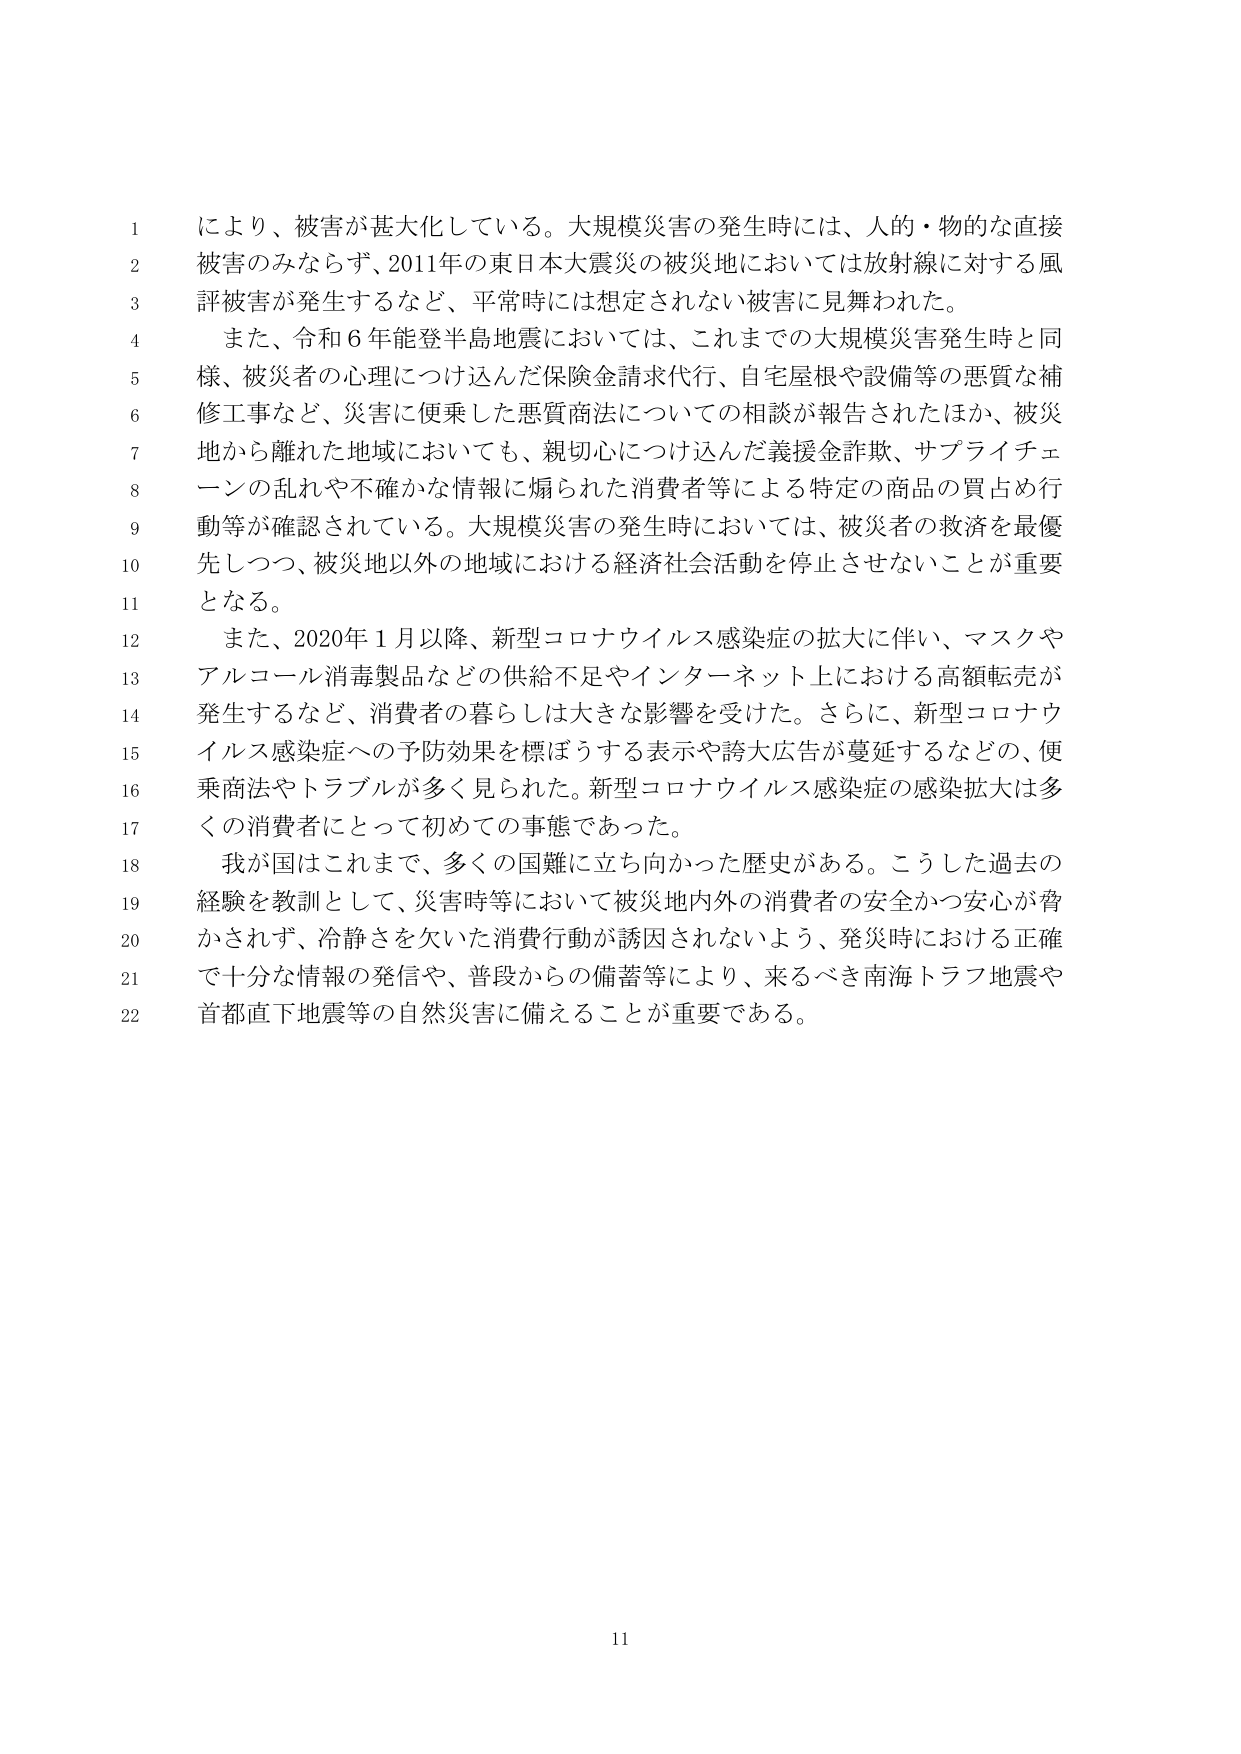
により、被害が甚大化している。大規模災害の発生時には、人的・物的な直接被害のみならず、2011年の東日本大震災の被災地においては放射線に対する風評被害が発生するなど、平常時には想定されない被害に見舞われた。

また、令和6年能登半島地震においては、これまでの大規模災害発生時と同様、被災者の心理につけ込んだ保険金請求代行、自宅屋根や設備等の悪質な補修工事など、災害に便乗した悪質商法についての相談が報告されたほか、被災地から離れた地域においても、親切心につけ込んだ義援金詐欺、サプライチェーンの乱れや不確かな情報に煽られた消費者等による特定の商品の買占め行動等が確認されている。大規模災害の発生時においては、被災者の救済を最優先しつつ、被災地以外の地域における経済社会活動を停止させないことが重要となる。

また、2020年1月以降、新型コロナウイルス感染症の拡大に伴い、マスクやアルコール消毒製品などの供給不足やインターネット上における高額転売が発生するなど、消費者の暮らしは大きな影響を受けた。さらに、新型コロナウイルス感染症への予防効果を標ぼうする表示や誇大広告が蔓延するなどの、便乗商法やトラブルが多く見られた。新型コロナウイルス感染症の感染拡大は多くの消費者にとって初めての事態であった。

我が国はこれまで、多くの国難に立ち向かった歴史がある。こうした過去の経験を教訓として、災害時等において被災地内外の消費者の安全かつ安心が脅かされず、冷静さを欠いた消費行動が誘因されないよう、発災時における正確で十分な情報の発信や、普段からの備蓄等により、来るべき南海トラフ地震や首都直下地震等の自然災害に備えることが重要である。

11